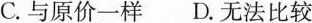
C.与原价一样 D.无法比较